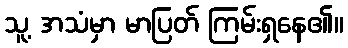
သူ့ အသံမှာ မာပြတ် ကြမ်းရှနေ၏။